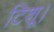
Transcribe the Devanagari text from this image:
टिशू।